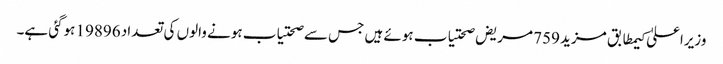
وزیراعلیٰ کیمطابق مزید 759 مریض صحتیاب ہوئے ہیں جس سے صحتیاب ہونے والوں کی تعداد 19896 ہوگئی ہے۔